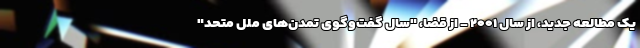
یک مطالعه جدید، از سال ۲۰۰۱ - از قضا، "سال گفت‌وگوی تمدن‌های ملل متحد"